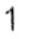
1